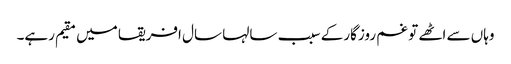
وہاں سے اٹھے تو غم روزگارکے سبب سالہا سال افریقا میں مقیم رہے۔